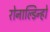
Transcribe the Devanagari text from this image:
रोनाल्डिन्हो